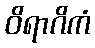
ဝိရာဂိကံ